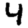
Digit: 4